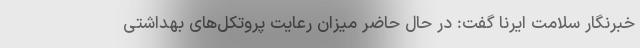
خبرنگار سلامت ایرنا گفت: در حال حاضر میزان رعایت پروتکل‌های بهداشتی